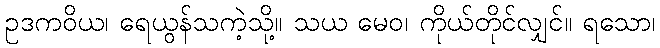
ဥဒကဝိယ၊ ရေယွန်သကဲ့သို့။ သယ မေဝ၊ ကိုယ်တိုင်လျှင်။ ရသော၊